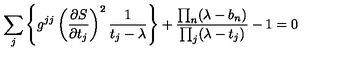
\sum _ { j } \left\{ g ^ { j j } \left( { \frac { \partial S } { \partial t _ { j } } } \right) ^ { 2 } { \frac { 1 } { t _ { j } - \lambda } } \right\} + { \frac { \prod _ { n } ( \lambda - b _ { n } ) } { \prod _ { j } ( \lambda - t _ { j } ) } } - 1 = 0